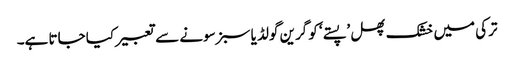
ترکی میں خشک پھل ’پستے‘ کو گرین گولڈ یا سبز سونے سے تعبیر کیا جاتا ہے۔